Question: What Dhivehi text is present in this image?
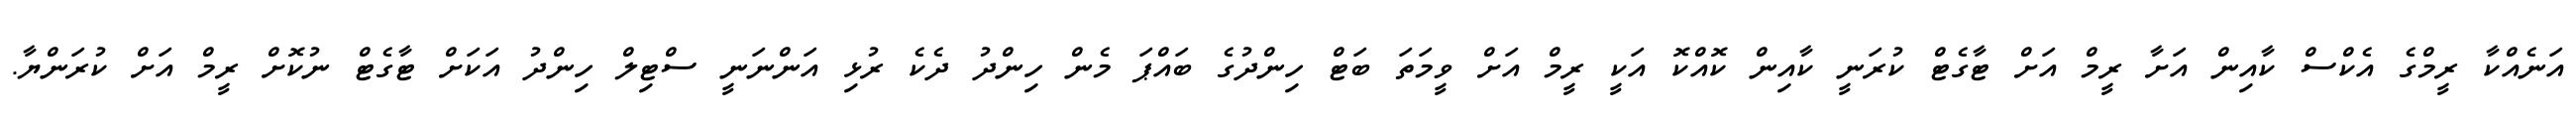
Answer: އަނެއްކާ ރީމްގެ އެކްސް ކާއިން އަށާ ރީމް އަށް ޓާގެޓް ކުރަނީ ކާއިން ކޮއްކޮ އަކީ ރީމް އަށް ވީމަތަ ބަޓް ހިންދުގެ ބައްޕަ މެން ހިންދު ދެކެ ރުޅި އަންނަނީ ސްޓިލް ހިންދު އަކަށް ޓާގެޓް ނުކޮށް ރީމް އަށް ކުރަންޔާ.